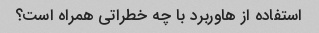
استفاده از هاوربرد با چه خطراتی همراه است؟